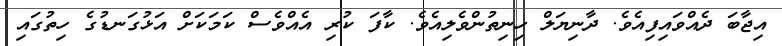
އިޖާބަ ދެއްވައިފިއެވެ. ދާނިޔަލް ހިނިތުންވެލިއެވެ. ކާފަ ކުރި އެއްވެސް ކަމަކަށް އަޅުގަނޑުގެ ހިތުގައި